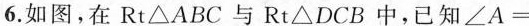
6.如图，在Rt\triangle ABC与Rt\triangle DCB中，已知∠A=